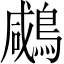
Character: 𪂶